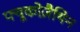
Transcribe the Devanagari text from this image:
फ्यूकोज़ैथिन